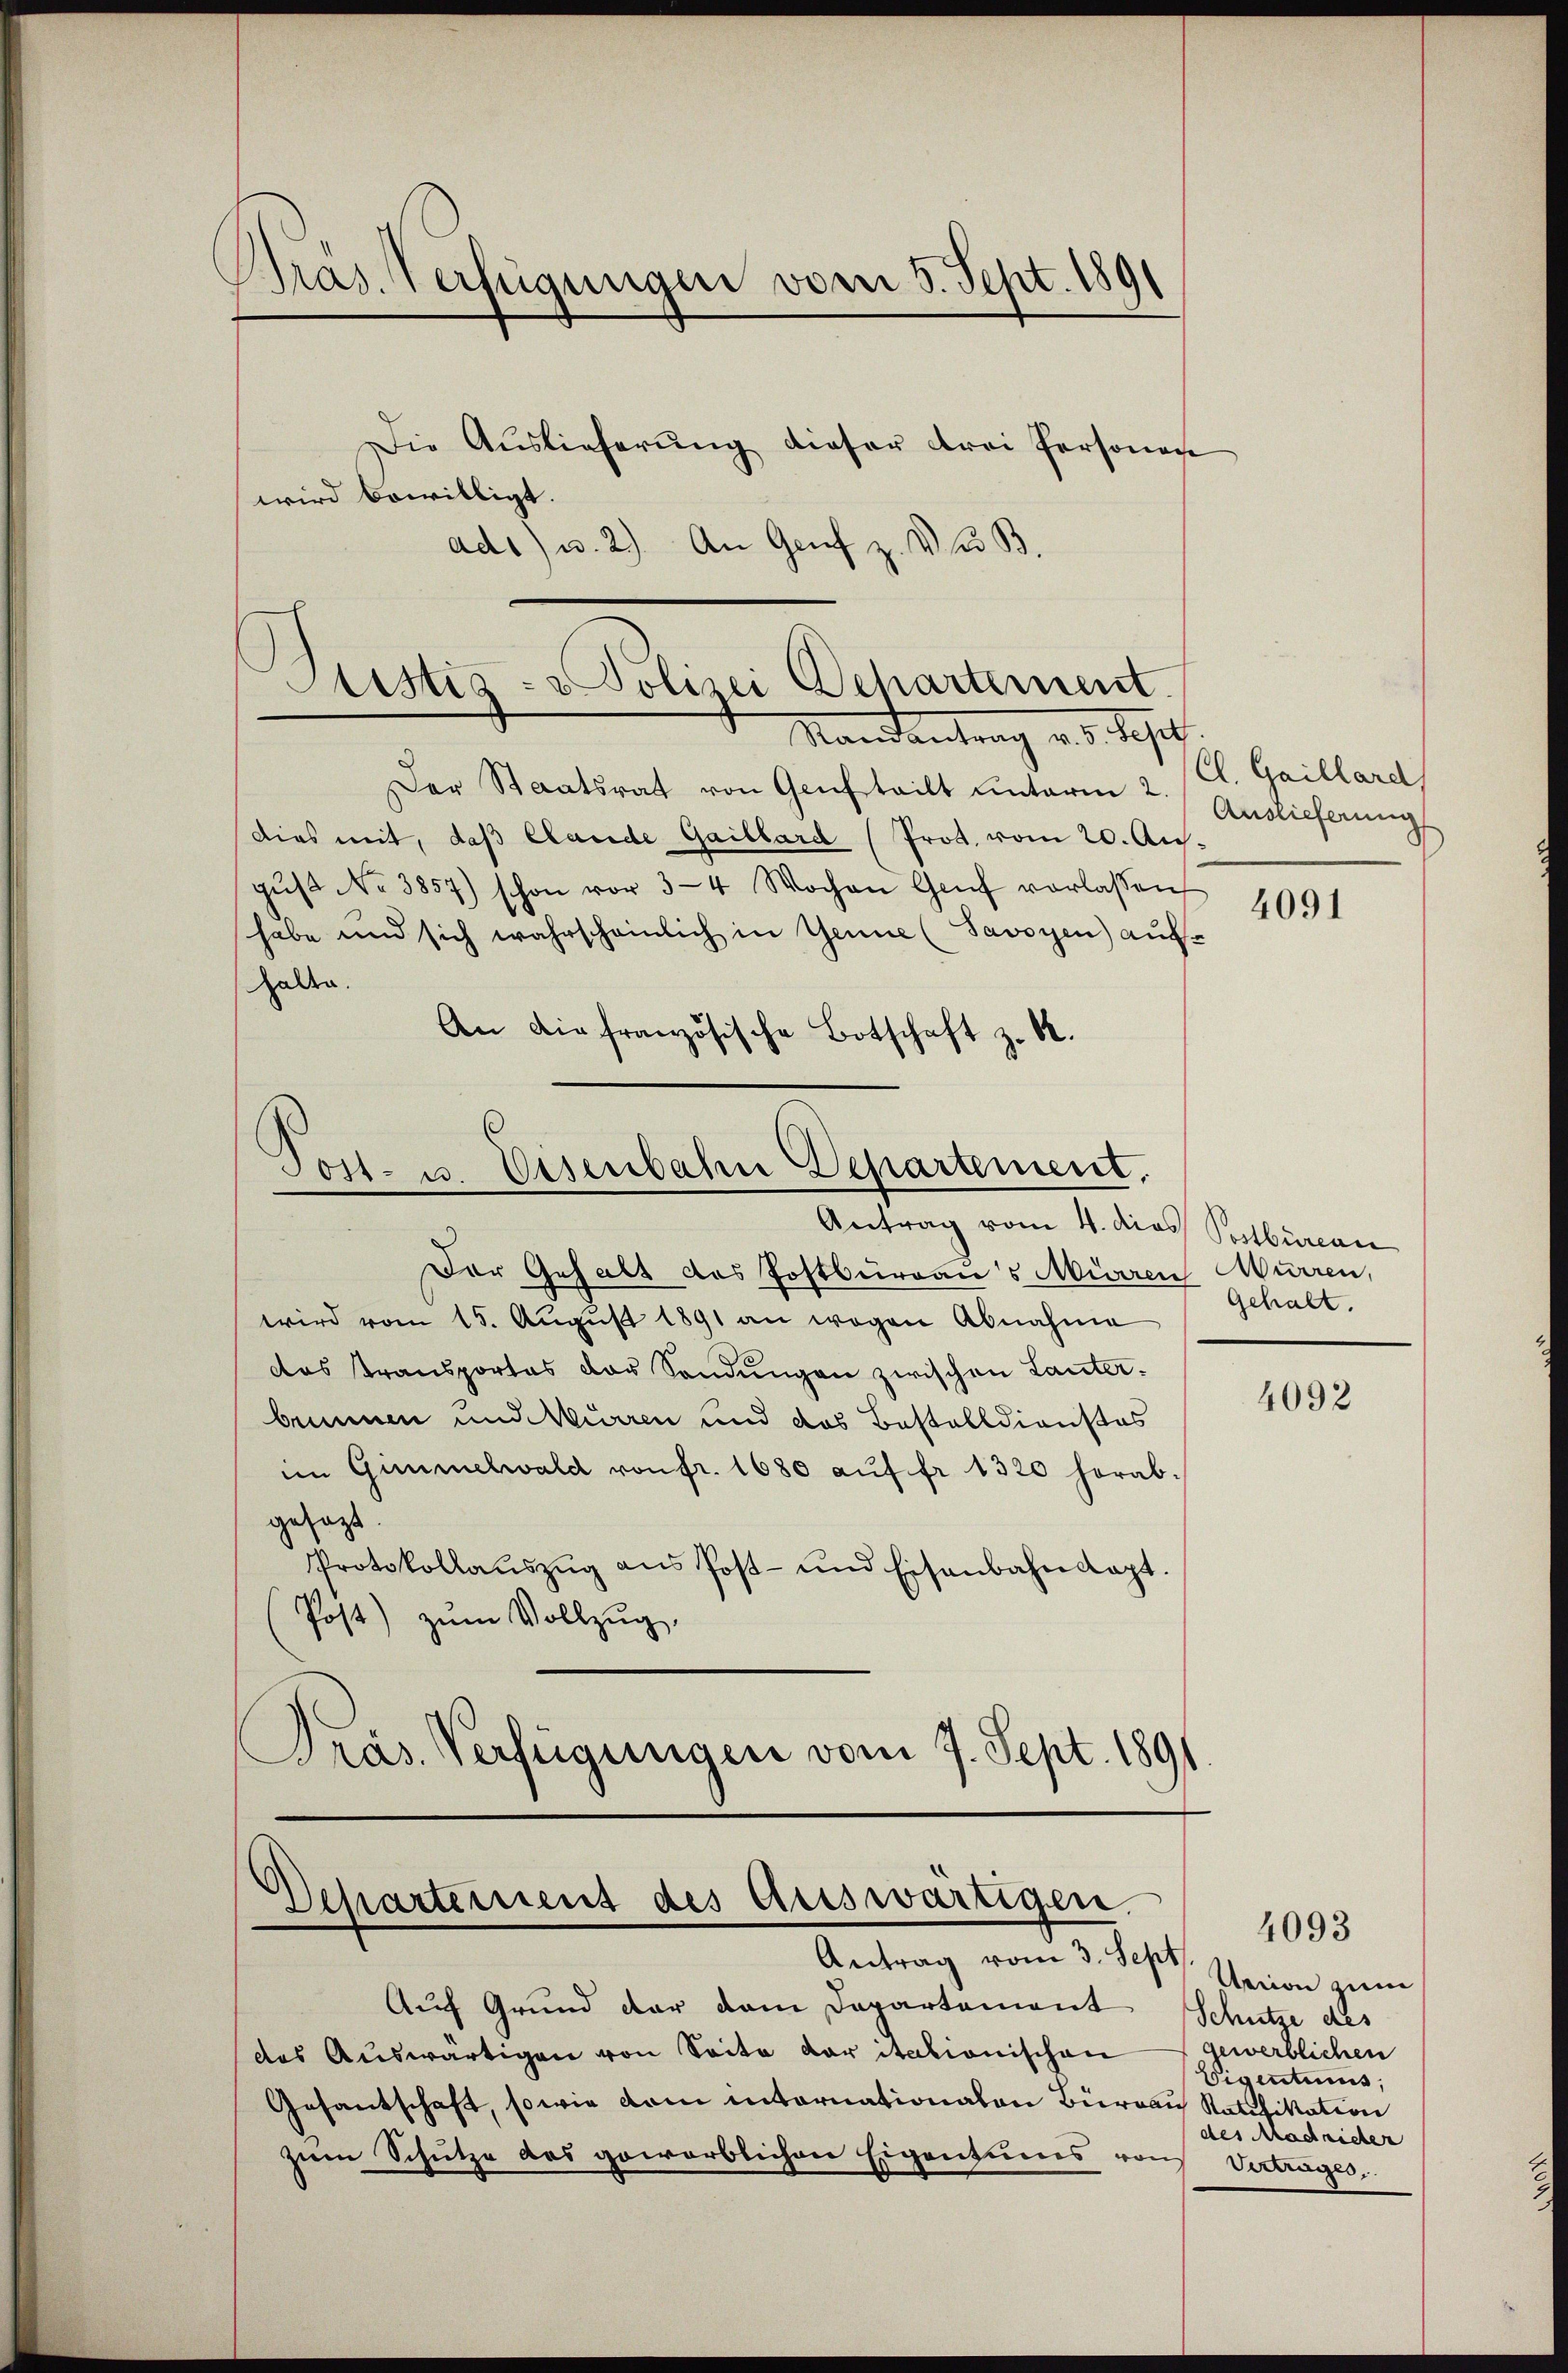
Pras. Verfügungen vom 5. Sept. 1891

Die Auslieferung dieser Frei Personach
wird bewilligt.
ad1) u. 2). An Genf z. V. B.

Justiz- & Polizei Ochartement
Randantrag v. d. Sept.

Post- u. Eisenbahn Departement,
Antrag vom 4. dies Postbüreau

Departement des Auswärtigen.
Antrag vom 3. Sept.

Der Staatsrat von Genfteilt unterm 2. Auslieferung
dies mit, daß Elande Gaillard (Prot. vom 20. Ausgŭst No 3857) schon vor 3-4 Wochen Genf vorlassen
habe und sich wahrscheinlich in Genie (Savoyen) aufhalten.
An die französische Botschaft z. B.

Der Gehalt des Postburgau's Mürren Murren,
wird vom 15. August 1891 an wegen Abnahme
das transportas der Sandŭngen zwischen Lauter-
brunnen und Murren und das Bestalldienstos
im Gimmelwald von fr. 1680 aŭf fr. 1320 herabgesagt.
Protokollaŭszŭg ans Post- und Eisenbahnkapt.
Post) zum Vollzug,
Präs. Verfügungen vom 7. Sept. 1891

Auf Grund der dem Departement
das Auswärtigen von Seite daritationischen
Gesantschaft, sowie dem internationalen Bureau Ratifikation
zum Schütze das gewerblichen Eigentumes von Vertrages,

Cl. Gaillard

4091

Gehalt.

4092

Union zum
Schütze des
gewerblichen
Eigentums,
des Madricher

4093